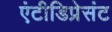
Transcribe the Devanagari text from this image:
एंटीडिप्रेसंट